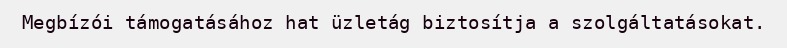
Megbízói támogatásához hat üzletág biztosítja a szolgáltatásokat.